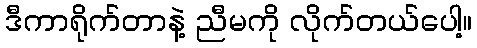
ဒီကာရိုက်တာနဲ့ ညီမကို လိုက်တယ်ပေါ့။